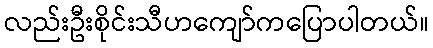
လည်းဦးစိုင်းသီဟကျော်ကပြောပါတယ်။